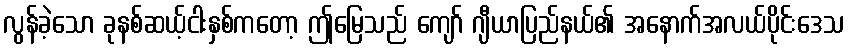
လွန်ခဲ့သော ခုနစ်ဆယ့်ငါးနှစ်ကတော့ ဤမြေသည် ကျော် ဂျီယာပြည်နယ်၏ အနောက်အလယ်ပိုင်းဒေသ